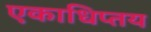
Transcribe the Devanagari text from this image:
एकाधिप्तय